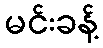
မင်းခန့်